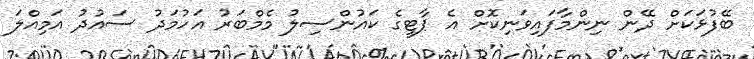
ބޭފުޅަކަށް ދޭން ނިންމާފައިވަނިކޮށް އެ ޕާޓީގެ ކައުންސިލު މެމްބަރު އަހުމަދު ސައުދު އަމިއްލަ